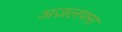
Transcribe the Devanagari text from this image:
अज़लफ्स